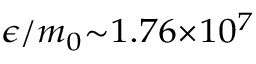
\scriptstyle \epsilon / m _ { 0 } \sim 1 . 7 6 \times 1 0 ^ { 7 }